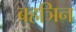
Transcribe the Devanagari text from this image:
बहञिन